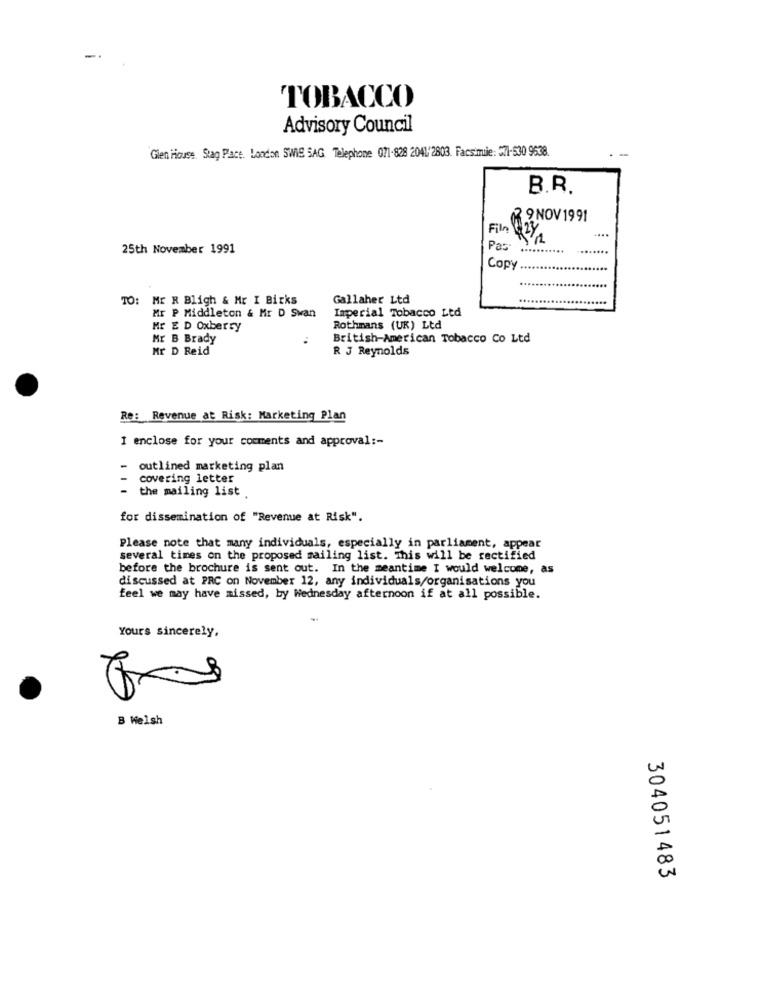
-
TOBACCO
Advisory Council
-
Glen House, Stag Pace. London SWIS SAG Telephone 071-828 2041/2803. Facsimile: 571-530 9638.
B.R.
9NOV 1991
....
25th November 1991
Por
.....
Copy
TO: Mr R Bligh & Mr I Birks
Gallaher Ltd
Imperial Tobacco Led
Mr P Middleton & Mr D Swan
Mr E D Oxberry
Rothmans (UK) Ltd
Mr B Brady
British-American Tobacco Co Ltd
Mr D Reid
R J Reynolds
Re: Revenue at Risk: Marketing Plan
1 enclose for your comments and approval :-
1 1
outlined marketing plan
covering letter
- the mailing list
for dissemination of "Revenue at Risk".
Please note that many individuals, especially in parliament, appear
several times on the proposed mailing list. This will be rectified
before the brochure is sent out. In the meantime I would welcome, as
discussed at PRC on November 12, any individuals/organisations you
feel we may have missed, by Wednesday afternoon if at all possible.
Yours sincerely,
B Welsh
304051483